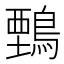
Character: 𪃋